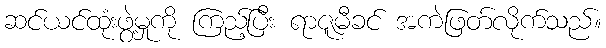
ဆင်ယင်ထုံးဖွဲ့မှုကို ကြည့်ပြီး ရာဇူမီခင် အကဲဖြတ်လိုက်သည်။